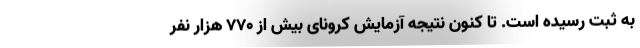
به ثبت رسیده است. تا کنون نتیجه آزمایش کرونای بیش از 770 هزار نفر